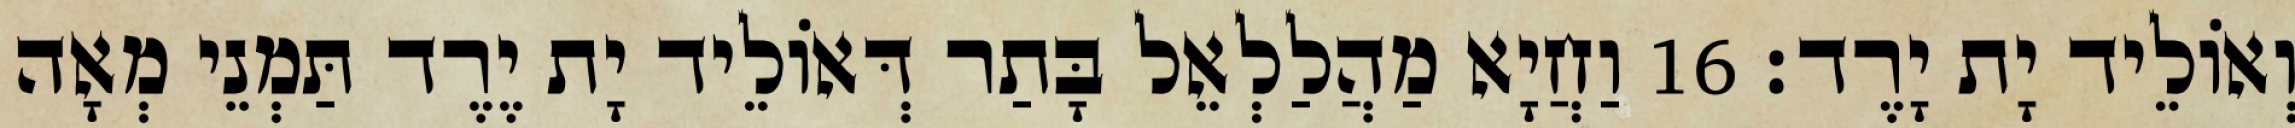
וְאוֹלֵיד יָת יָרֶד׃ 16 וַחֲיָא מַהֲלַלְאֵל בָּתַר דְּאוֹלֵיד יָת יֶרֶד תַּמְנֵי מְאָה